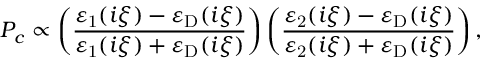
P _ { c } \propto \left( \frac { \varepsilon _ { \mathrm { 1 } } ( i \xi ) - \varepsilon _ { \mathrm { D } } ( i \xi ) } { \varepsilon _ { \mathrm { 1 } } ( i \xi ) + \varepsilon _ { \mathrm { D } } ( i \xi ) } \right) \left( \frac { \varepsilon _ { \mathrm { 2 } } ( i \xi ) - \varepsilon _ { \mathrm { D } } ( i \xi ) } { \varepsilon _ { \mathrm { 2 } } ( i \xi ) + \varepsilon _ { \mathrm { D } } ( i \xi ) } \right) ,